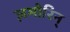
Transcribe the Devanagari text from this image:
ज़मोरिन्